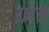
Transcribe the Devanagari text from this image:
ख़ेत